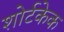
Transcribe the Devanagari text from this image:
शोर्टकेक